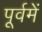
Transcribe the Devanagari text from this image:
पूर्वमें